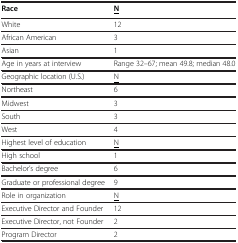
<table><thead><tr><td><b>Race</b></td><td><b><underline>N</underline></b></td></tr></thead><tbody><tr><td>White</td><td>12</td></tr><tr><td>African American</td><td>3</td></tr><tr><td>Asian</td><td>1</td></tr><tr><td>Age in years at interview</td><td>Range 32–67; mean 49.8; median 48.0</td></tr><tr><td>Geographic location (U.S.)</td><td><underline>N</underline></td></tr><tr><td>Northeast</td><td>6</td></tr><tr><td>Midwest</td><td>3</td></tr><tr><td>South</td><td>3</td></tr><tr><td>West</td><td>4</td></tr><tr><td>Highest level of education</td><td><underline>N</underline></td></tr><tr><td>High school</td><td>1</td></tr><tr><td>Bachelor’s degree</td><td>6</td></tr><tr><td>Graduate or professional degree</td><td>9</td></tr><tr><td>Role in organization</td><td><underline>N</underline></td></tr><tr><td>Executive Director and Founder</td><td>12</td></tr><tr><td>Executive Director, not Founder</td><td>2</td></tr><tr><td>Program Director</td><td>2</td></tr></tbody></table>